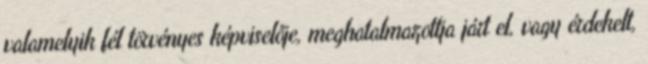
valamelyik fél törvényes képviselője, meghatalmazottja járt el, vagy érdekelt,